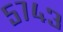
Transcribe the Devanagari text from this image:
५७४३